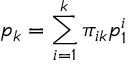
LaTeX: p _ { k } = \sum _ { i = 1 } ^ { k } \pi _ { i k } p _ { 1 } ^ { i }